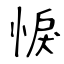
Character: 悷